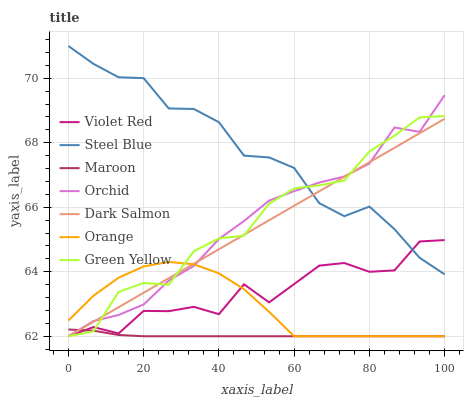
| xaxis_label | Violet Red | Steel Blue | Maroon | Orchid | Dark Salmon | Orange | Green Yellow |
 | --- | --- | --- | --- | --- | --- | --- | --- |
 | 0 | 62 | 71 | 62.2 | 62 | 62 | 62.5 | 62 |
 | 6.67 | 62.3 | 70.4 | 62.2 | 62.5 | 62.4 | 63.3 | 62.2 |
 | 13.3 | 62.1 | 70 | 62 | 62.7 | 62.9 | 63.8 | 63.4 |
 | 20 | 62.8 | 70 | 62 | 63 | 63.3 | 64.2 | 63.7 |
 | 26.7 | 62.8 | 69.1 | 62 | 63.7 | 63.8 | 64.3 | 63.6 |
 | 33.3 | 62.9 | 69 | 62 | 64.2 | 64.2 | 64.2 | 64.6 |
 | 40 | 62.7 | 68.6 | 62 | 65 | 64.7 | 64 | 65 |
 | 46.7 | 63.6 | 67.6 | 62 | 65.6 | 65.1 | 63.5 | 65.1 |
 | 53.3 | 63.1 | 67.5 | 62 | 66.2 | 65.6 | 62.8 | 66.1 |
 | 60 | 63.6 | 67.2 | 62 | 66.5 | 66 | 62 | 66.6 |
 | 66.7 | 64.2 | 66.1 | 62 | 66.8 | 66.5 | 62 | 66.7 |
 | 73.3 | 64.3 | 65.7 | 62 | 67 | 66.9 | 62 | 66.8 |
 | 80 | 64 | 66 | 62 | 67.4 | 67.4 | 62 | 67.7 |
 | 86.7 | 64 | 65.3 | 62 | 68.5 | 67.8 | 62 | 68.2 |
 | 93.3 | 64.9 | 64.4 | 62 | 68.3 | 68.3 | 62 | 68.8 |
 | 100 | 65 | 63.9 | 62 | 69.5 | 68.7 | 62 | 68.8 |